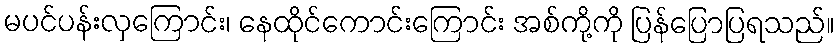
မပင်ပန်းလှကြောင်း၊ နေထိုင်ကောင်းကြောင်း အစ်ကို့ကို ပြန်ပြောပြရသည်။